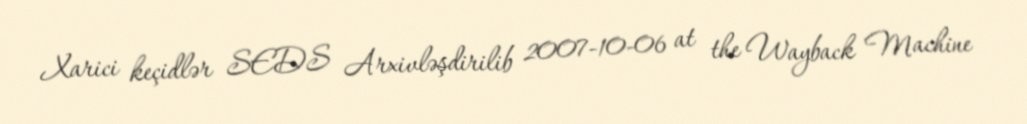
Xarici keçidlər SEDS Arxivləşdirilib 2007-10-06 at the Wayback Machine